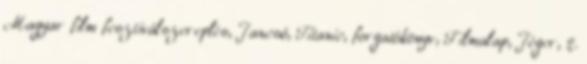
Magyar film fesztiválszereplés, Jancsó, Titanic, forgatókönyv, Filmalap, Jéger, 2.